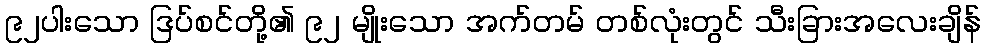
၉၂ပါးသော ဒြပ်စင်တို့၏ ၉၂ မျိုးသော အက်တမ် တစ်လုံးတွင် သီးခြားအလေးချိန်